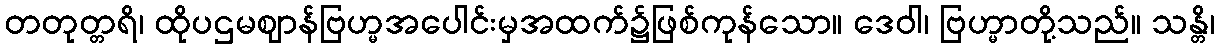
တတုတ္တရိ၊ ထိုပဌမဈာန်ဗြဟ္မအပေါင်းမှအထက်၌ဖြစ်ကုန်သော။ ဒေဝါ၊ ဗြဟ္မာတို့သည်။ သန္တိ၊